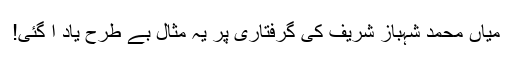
میاں محمد شہباز شریف کی گرفتاری پر یہ مثال بے طرح یاد آ گئی!